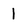
Character: l